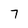
Character: 7